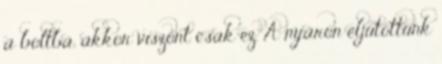
a boltba, akkor viszont csak ez. A nyáron eljutottunk